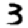
Digit: 3